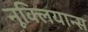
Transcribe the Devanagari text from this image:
नूक्लियान्स